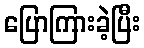
ပြောကြားခဲ့ပြီး